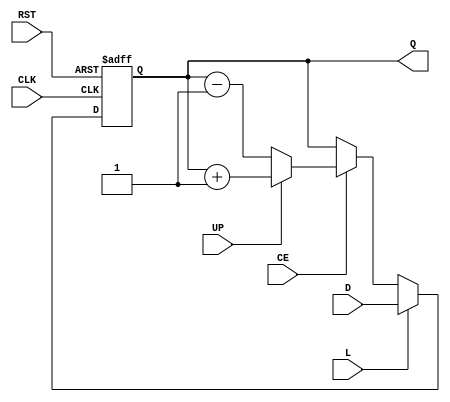
`timescale 1ns / 1ps
//////////////////////////////////////////////////////////////////////////////////
// Company: 
// Engineer: 
// 
// Design Name: 
// Module Name:    udl_cnt 
// Project Name: 
// Target Devices: 
// Tool versions: 
// Description: 
//
// Dependencies: 
//
// Revision: 
// Revision 0.01 - File Created
// Additional Comments: 
//
//////////////////////////////////////////////////////////////////////////////////
module udl_cnt #(
	parameter Width = 4,
	parameter TMR = 0
)(
	input CLK,
	input RST,
	input CE,
	input L,
	input UP,
	input  [Width-1:0] D,
	output [Width-1:0] Q
);
  
generate
if(TMR==1) 
begin : udl_cnt_tmr


	(* syn_preserve = "true" *) reg [Width-1:0] cnt_1;
	(* syn_preserve = "true" *) reg [Width-1:0] cnt_2;
	(* syn_preserve = "true" *) reg [Width-1:0] cnt_3;

	(* syn_keep = "true" *) wire [Width-1:0] voted_cnt_1;

	initial
	begin
		cnt_1 = 0;
		cnt_2 = 0;
		cnt_3 = 0;
	end

	  vote #(.Width(Width)) vote_cnt_1 (.A(cnt_1), .B(cnt_2), .C(cnt_3), .V(voted_cnt_1));

	assign Q  =  voted_cnt_1;

	always @(posedge CLK or posedge RST) begin
		if (RST) begin
			cnt_1 <= 0;
			cnt_2 <= 0;
			cnt_3 <= 0;
		end
		else
			if(L) begin
				cnt_1 <= D;
				cnt_2 <= D;
				cnt_3 <= D;
			end
			else if(CE)
				if(UP) begin
					cnt_1 <= voted_cnt_1 + 1;
					cnt_2 <= voted_cnt_1 + 1;
					cnt_3 <= voted_cnt_1 + 1;
				end
				else begin
					cnt_1 <= voted_cnt_1 - 1;
					cnt_2 <= voted_cnt_1 - 1;
					cnt_3 <= voted_cnt_1 - 1;
				end
			else begin
				cnt_1 <= voted_cnt_1;
				cnt_2 <= voted_cnt_1;
				cnt_3 <= voted_cnt_1;
			end
	end
end
else
begin : udl_cnt_notmr


	reg [Width-1:0] cnt;
	
	initial
	begin
		cnt = 0;
	end

	assign Q  =  cnt;

	always @(posedge CLK or posedge RST) begin
		if (RST) 
			cnt <= 0;
		else
			if(L)
				cnt <= D;
			else if(CE)
				if(UP)
					cnt <= cnt + 1;
				else
					cnt <= cnt - 1;
	end
end
endgenerate

endmodule